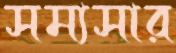
সম্যসার